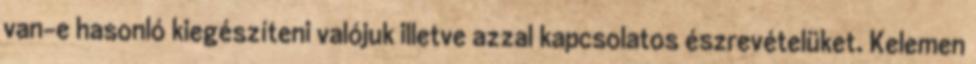
van-e hasonló kiegészíteni valójuk illetve azzal kapcsolatos észrevételüket. Kelemen